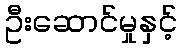
ဦးဆောင်မှုနှင့်